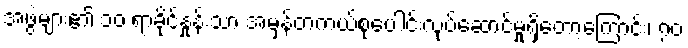
အဖွဲ့များ၏ ၁၀ ရာခိုင်နှုန်းသာ အမှန်တကယ်စုပေါင်းလုပ်ဆောင်မှုရှိတော့ကြောင်း၊ ၇၀